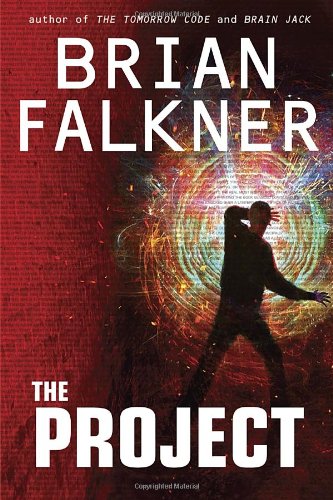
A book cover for The Project; Brian Falkner; Teen & Young Adult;